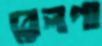
রেলগা